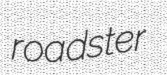
roadster